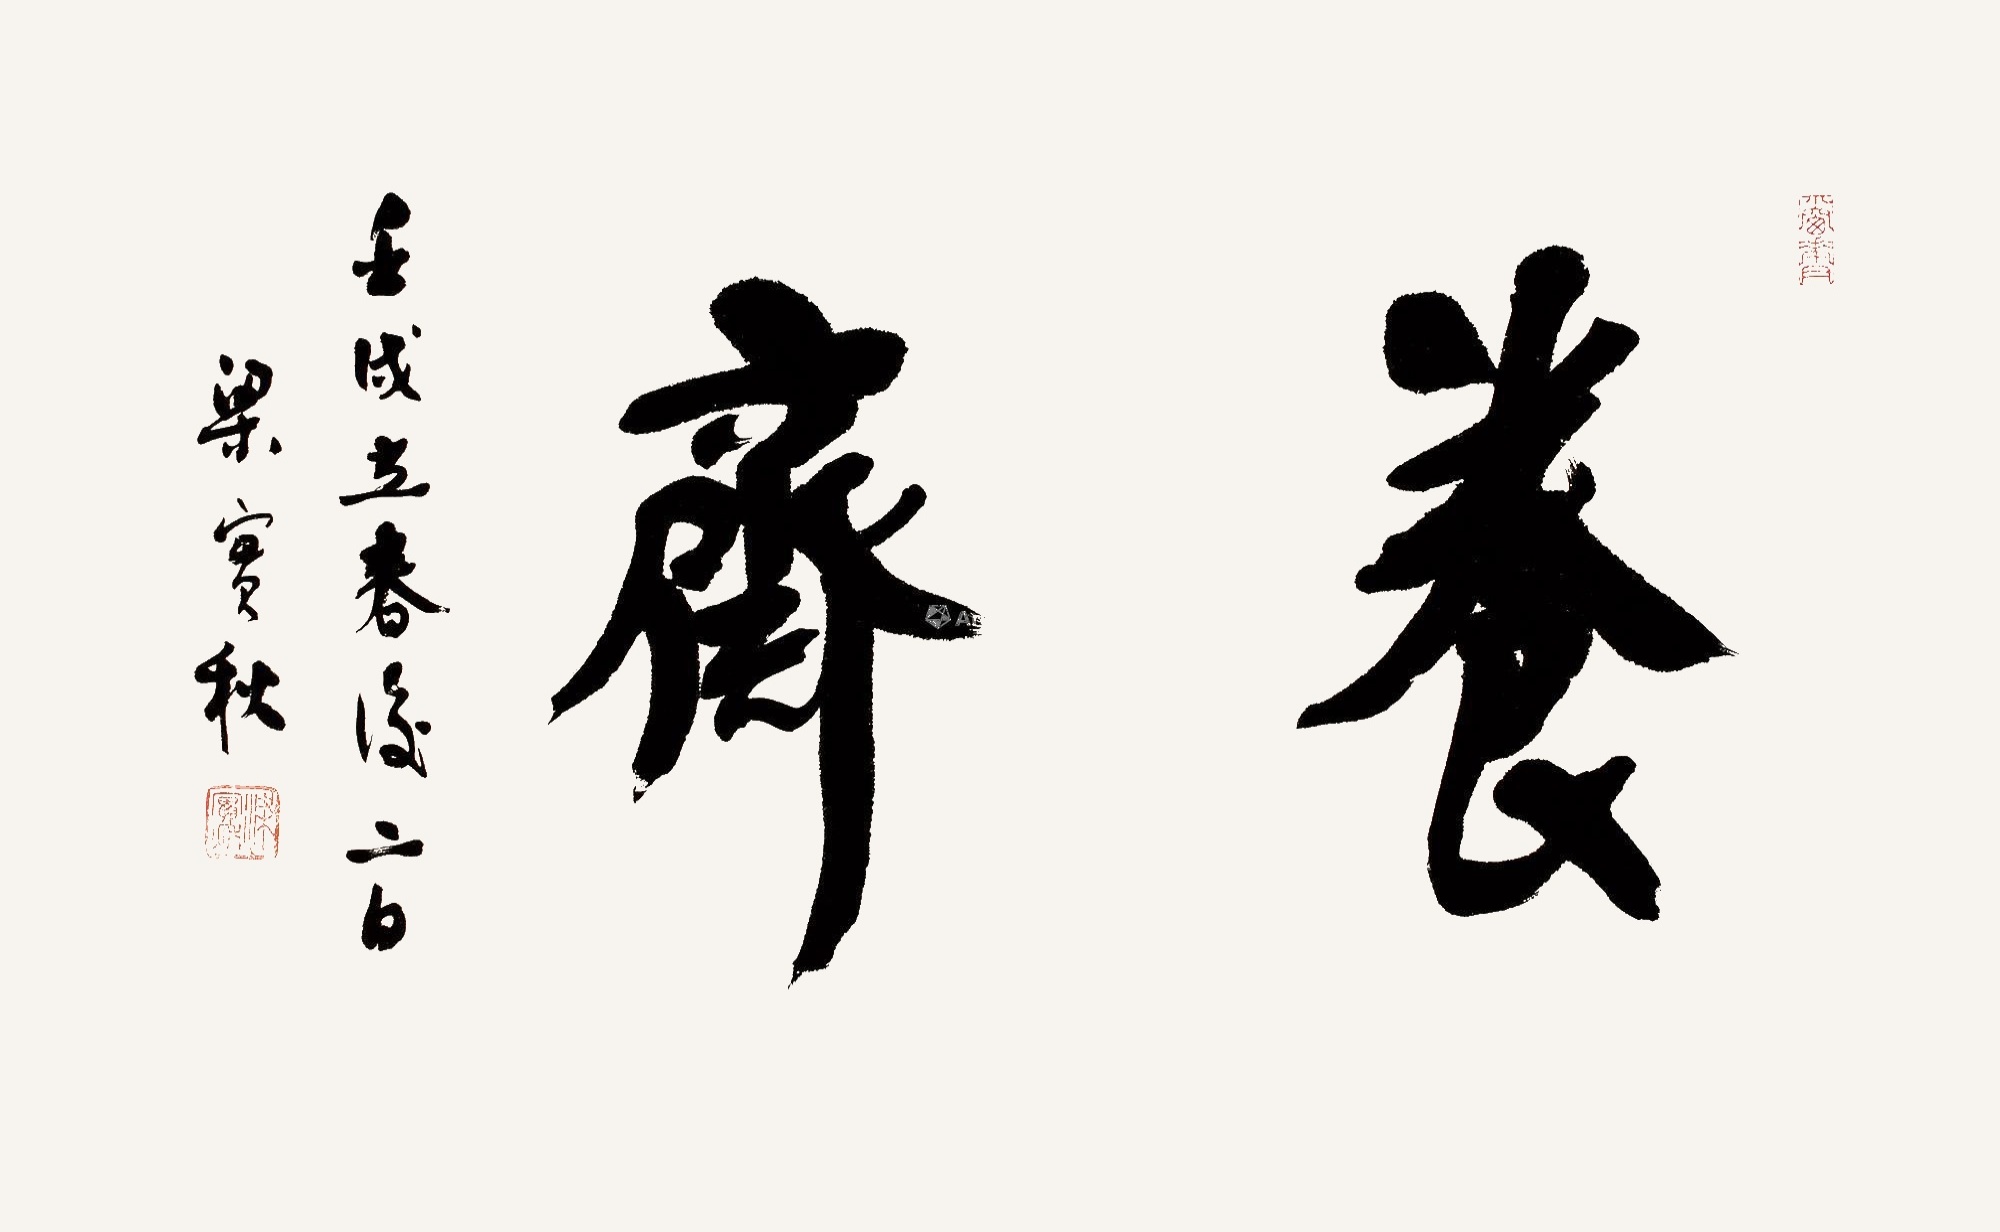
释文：养斋。壬戌立春后二日，梁实秋。